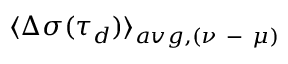
\langle \Delta \sigma ( \tau _ { d } ) \rangle _ { a v g , ( \nu \mathrm { ~ - ~ } \mu ) }